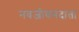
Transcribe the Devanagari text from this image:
नवजीवनदाता